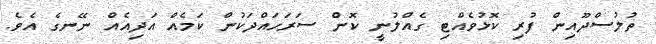
ތުލުސްދޫއިން ފުރި ކޮޅުވެއްޓި ގެއްލުނީ ކޮން ސަރަހައްދަކުން ކަމެއް އަދިއެއް ނޭނގެ އެވެ.